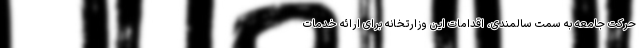
حرکت جامعه به سمت سالمندی، اقدامات این وزارتخانه برای ارائه خدمات